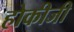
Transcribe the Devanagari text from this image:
होकीजी